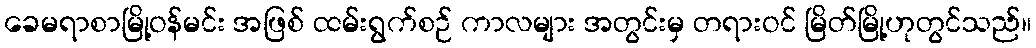
ခေမရာစာမြို့ဝန်မင်း အဖြစ် ထမ်းရွက်စဉ် ကာလများ အတွင်းမှ တရားဝင် မြိတ်မြို့ဟုတွင်သည်။